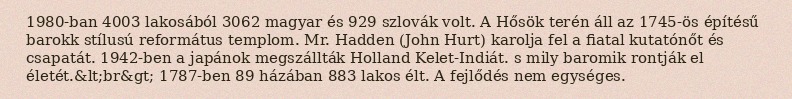
1980-ban 4003 lakosából 3062 magyar és 929 szlovák volt. A Hősök terén áll az 1745-ös építésű barokk stílusú református templom. Mr. Hadden (John Hurt) karolja fel a fiatal kutatónőt és csapatát. 1942-ben a japánok megszállták Holland Kelet-Indiát. s mily baromik rontják el életét.&lt;br&gt; 1787-ben 89 házában 883 lakos élt. A fejlődés nem egységes.